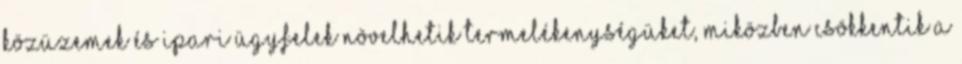
közüzemek és ipari ügyfelek növelhetik termelékenységüket, miközben csökkentik a